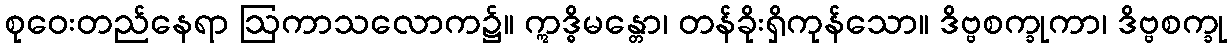
စုဝေးတည်နေရာ ဩကာသလောက၌။ ဣဒ္ဓိမန္တော၊ တန်ခိုးရှိကုန်သော။ ဒိဗ္ဗစက္ခုကာ၊ ဒိဗ္ဗစက္ခု